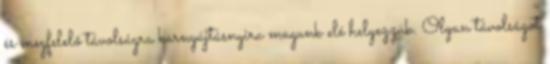
és megfelelő távolságra karnyújtásnyira magunk elé helyezzük. Olyan távolságot